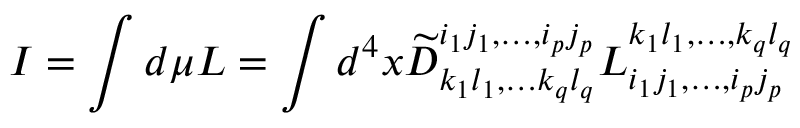
I = \int d \mu { \cal L } = \int d ^ { 4 } x \widetilde { D } _ { k _ { 1 } l _ { 1 } , \ldots k _ { q } l _ { q } } ^ { i _ { 1 } j _ { 1 } , \ldots , i _ { p } j _ { p } } L _ { i _ { 1 } j _ { 1 } , \ldots , i _ { p } j _ { p } } ^ { k _ { 1 } l _ { 1 } , \ldots , k _ { q } l _ { q } }